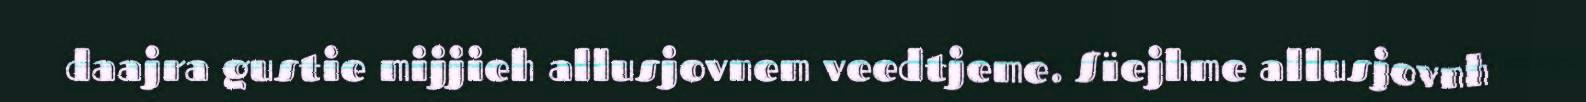
daajra gustie mijjieh allusjovnem veedtjeme. Sïejhme allusjovnh